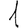
Digit: 1